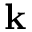
\mathbf { k }